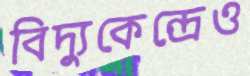
বিদ্যুকেন্দ্রেও